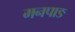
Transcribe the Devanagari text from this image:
मनपाङ